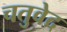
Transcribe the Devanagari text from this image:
चतुवेद